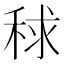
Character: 𥟇